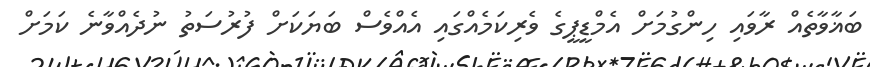
ބަޣާވާތެއް ރާވައި ހިންގުމަށް އެމްޑީޕީގެ ވެރިކަމެއްގައި އެއްވެސް ބަޔަކަށް ފުރުސަތު ނުދެއްވާނެ ކަމަށް